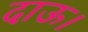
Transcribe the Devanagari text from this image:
दाऊ।